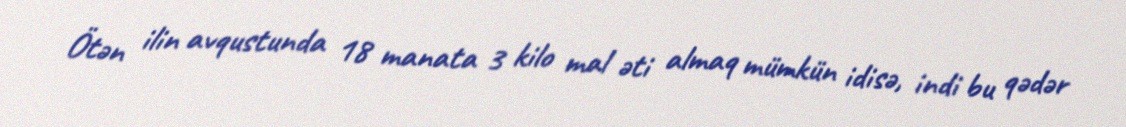
Ötən ilin avqustunda 18 manata 3 kilo mal əti almaq mümkün idisə, indi bu qədər